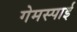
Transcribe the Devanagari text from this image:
गेमस्पाई